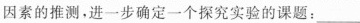
因素的推测，进一步确定一个探究实验的课题：___